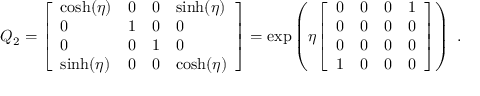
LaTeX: Q _ { 2 } = { \left[ \begin{array} { l l l l } { \cosh ( \eta ) } & { 0 } & { 0 } & { \sinh ( \eta ) } \\ { 0 } & { 1 } & { 0 } & { 0 } \\ { 0 } & { 0 } & { 1 } & { 0 } \\ { \sinh ( \eta ) } & { 0 } & { 0 } & { \cosh ( \eta ) } \end{array} \right] } = \exp \left( \eta { \left[ \begin{array} { l l l l } { 0 } & { 0 } & { 0 } & { 1 } \\ { 0 } & { 0 } & { 0 } & { 0 } \\ { 0 } & { 0 } & { 0 } & { 0 } \\ { 1 } & { 0 } & { 0 } & { 0 } \end{array} \right] } \right) ~ .